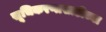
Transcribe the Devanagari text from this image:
सूचिकरणासाठीच्या